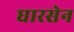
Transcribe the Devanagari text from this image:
धारसेन